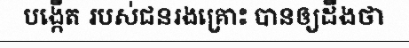
បង្កើត របស់ជនរងគ្រោះ បានឲ្យដឹងថា